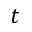
t